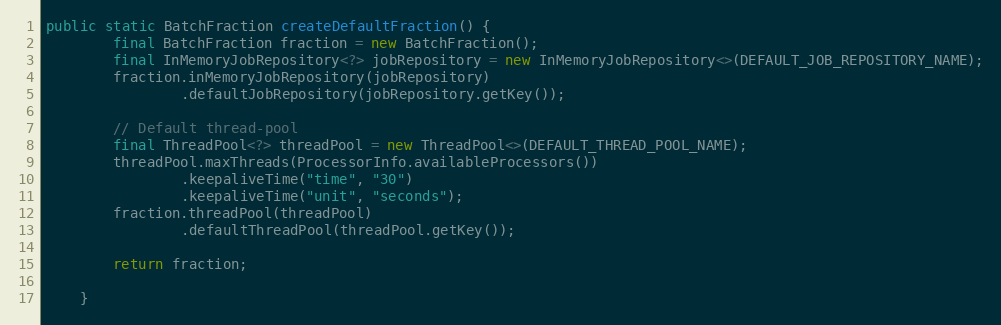
Language: Java
public static BatchFraction createDefaultFraction() {
        final BatchFraction fraction = new BatchFraction();
        final InMemoryJobRepository<?> jobRepository = new InMemoryJobRepository<>(DEFAULT_JOB_REPOSITORY_NAME);
        fraction.inMemoryJobRepository(jobRepository)
                .defaultJobRepository(jobRepository.getKey());

        // Default thread-pool
        final ThreadPool<?> threadPool = new ThreadPool<>(DEFAULT_THREAD_POOL_NAME);
        threadPool.maxThreads(ProcessorInfo.availableProcessors())
                .keepaliveTime("time", "30")
                .keepaliveTime("unit", "seconds");
        fraction.threadPool(threadPool)
                .defaultThreadPool(threadPool.getKey());

        return fraction;

    }